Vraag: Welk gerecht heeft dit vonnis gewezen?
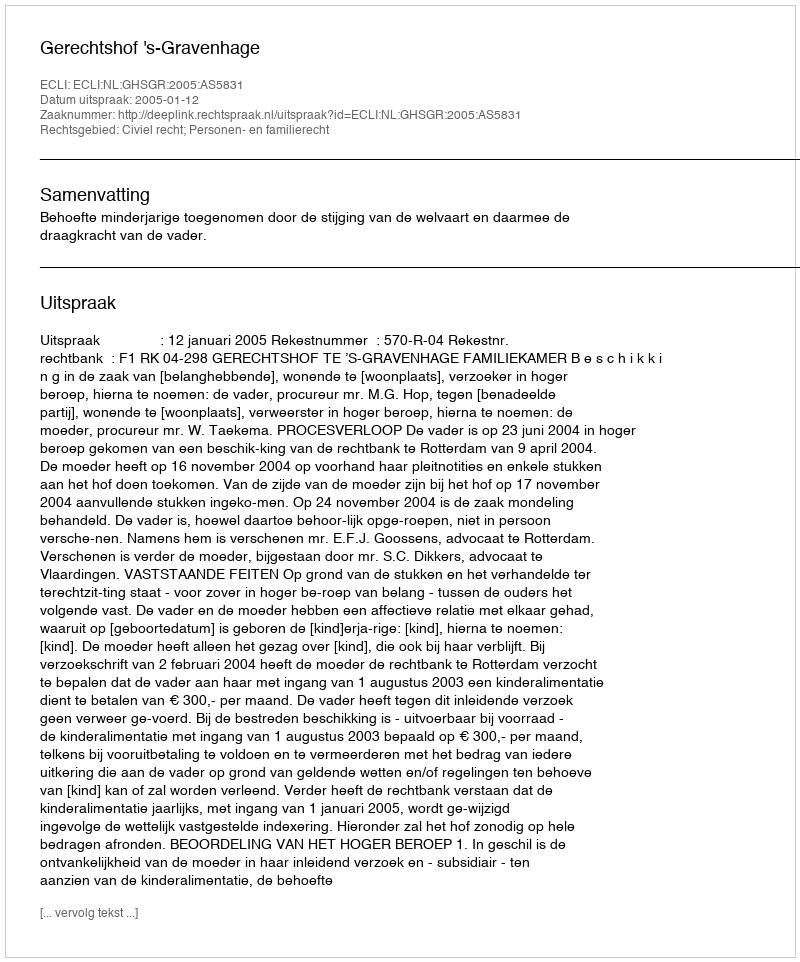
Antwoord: Gerechtshof 's-Gravenhage